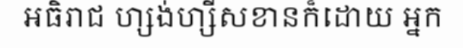
អធិរាជ ហ្សង់ហ្សីសខានក៏ដោយ អ្នក